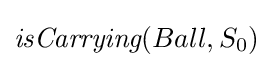
{\textit {isCarrying}}(Ball,S_{0})